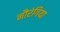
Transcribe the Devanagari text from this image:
नौरंगिया